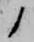
ノ